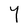
Character: Y